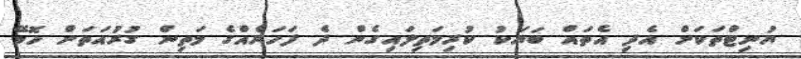
ޔުނިޓްތަކަށް އެދި އެތައް ބަޔަކު ކުރިމަތިލައިގެން ދެ ފަހަރެއްގެ މަތިން ގުރުއަތަށް ހޮވޭ